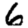
Digit: 6